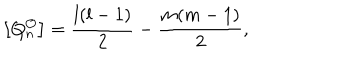
LaTeX: \left[ Q _ { n } ^ { \mathcal { O } } \right] = \frac { l ( l - 1 ) } { 2 } - \frac { m ( m - 1 ) } { 2 } ,